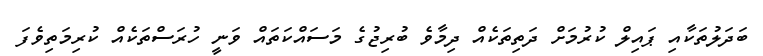
ބަދަލުތަކާއި ޕައިލް ކުރުމަށް ދަތިތަކެއް ދިމާވެ ބުރިޖުގެ މަސައްކަތައް ވަނީ ހުރަސްތަކެއް ކުރިމަތިވެފަ